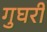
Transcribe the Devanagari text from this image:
गुघरी